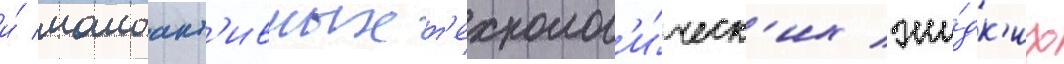
и́ малоакт'ивных т'ехнолог'и́ческ'их жи́дк'их